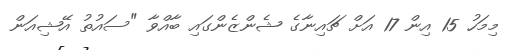
މިމަހު 15 އިން 17 އަށް ޗައިނާގެ ޝެންޒެންގައި ބާއްވާ "ސައުތު އޭޝިއަން